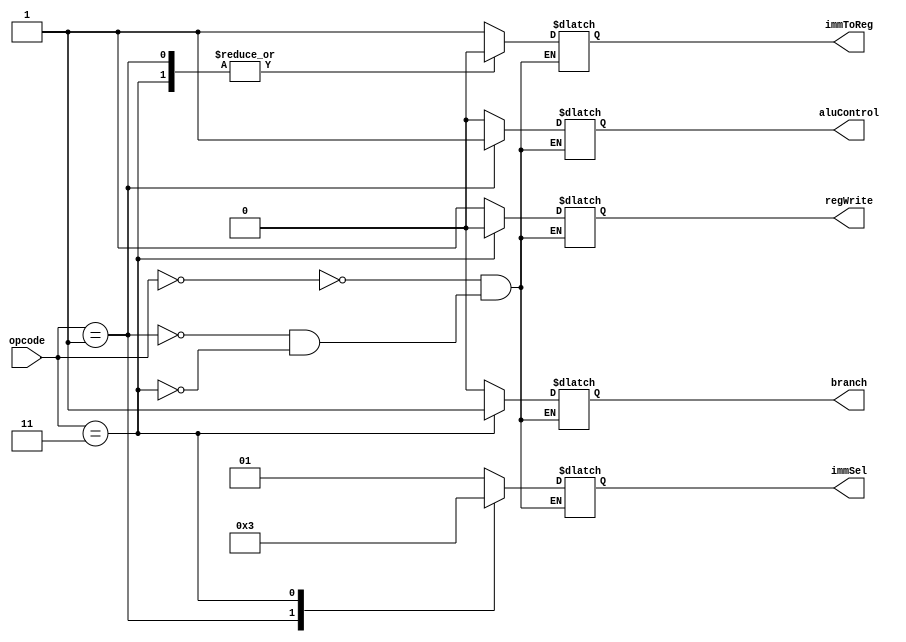
`timescale 1ns / 1ps
//////////////////////////////////////////////////////////////////////////////////
// Company: 
// Engineer: 
// 
// Design Name: 
// Module Name: controlUnit
// Project Name: 
// Target Devices: 
// Tool Versions: 
// Description: 
// 
// Dependencies: 
// 
// Revision:
// Revision 0.01 - File Created
// Additional Comments:
// 
//////////////////////////////////////////////////////////////////////////////////


 module controlUnit(
    input [1:0] opcode,
    output reg [1:0] immSel, 
    output reg aluControl,
    output reg regWrite, 
    output reg immToReg, 
    output reg branch
    );
  
parameter [1:0] ADD = 2'b01, JUMP = 2'b11, LOAD = 2'b00; 

always @(*)
    begin
        case(opcode)
            LOAD:
                begin
                    immSel = 01;
                    aluControl = 0; 
                    regWrite = 1; 
                    immToReg = 1; 
                    branch = 0;  
                end 
            
            ADD: 
                begin 
                    immSel = 00;
                    aluControl = 1; 
                    regWrite = 1; 
                    immToReg = 0; 
                    branch = 0; 
                end 
           
           JUMP: 
                begin
                    immSel = 11; 
                    aluControl = 0; 
                    regWrite = 0;
                    immToReg = 0;
                    branch = 1; 
                end                           
        endcase 
    end 
endmodule